Indian Medical Review
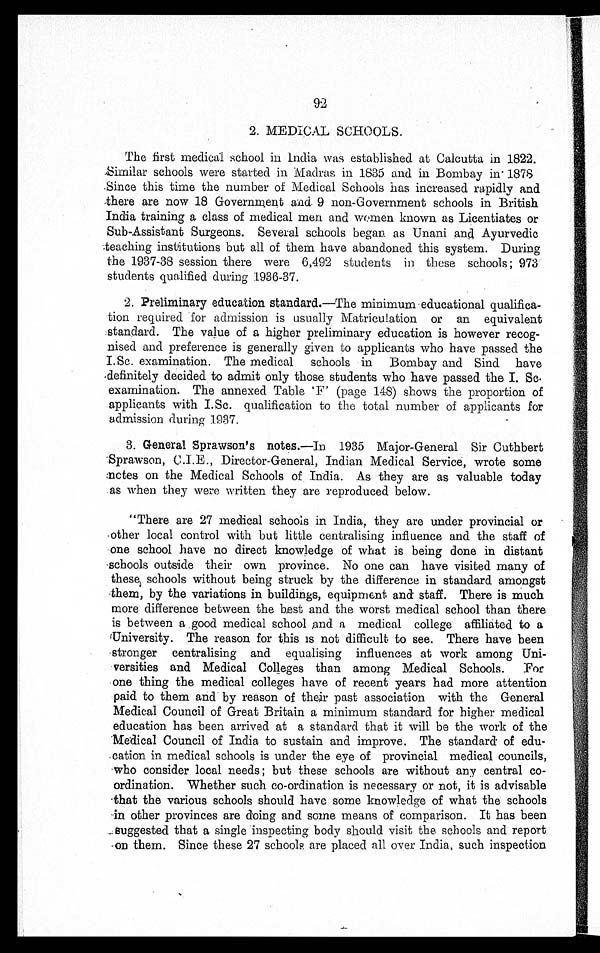
2. MEDICAL SCHOOLS.
The first medical school in India was established at Calcutta in 1822.
Similar schools were started in Madras in 1835 and in Bombay in . 1878
.Since this time the number of Medical Schools has increased rapidly and
there are now 18 Government and 9 non-Government schools in British
India training a class of medical men and women known as Licentiates or
Sub-Assistant Surgeons. Several schools began as Unani and Ayurvedic
teaching institutions but all of them have abandoned this system. During
the 1937-38 session there were 6,492 students in these schools; 973
students qualified during 1936-37.
Pr el i mi nar y educat i on st andar d. —The mi ni mum
educat i onal qual i f i ca-
tion required for admission is usually Matriculation or an equivalent
nised and preference is generally given to applicants who have passed the
I.Sc. examination. The medical schools in Bombay and Sind have
definitely decided to admit only those students who have passed the I. Sc.
examination. The annexed Table 'F' (page 148) shows the proportion of
applicants with I.Sc. qualification to the total number of applicants for
admission during 1937.
1. General Sprawson's notes .—In 1935 Major-General Sir Cuthbert
Sprawson, C.I.E., Director-General, Indian Medical Service, wrote some
notes on the Medical Schools of India. As they are as valuable today
as when they were written they are reproduced below.
"There are 27 medical schools in India, they are under provincial or
other local control with but little centralising influence and the staff of
o n e s c h o o l h a v e n o d i r e c t k n o w l e d g e o f w h a t i s b e i n g d o n e i n d i s t a n t
schools outside their own province. No one can have visited many of
these schools without being struck by the difference in standard amongst
them, by the variations in buildings, equipment and staff. There is much
more difference between the best and the worst medical school than there
is between a good medical school And a medical college affiliated to a
University. The reason for this is not difficult to see. There have been
stronger centralising and equalising influences at work among Uni-
versities and Medical Colleges than among Medical Schools. For
one thing the medical colleges have of recent years had more attention
paid to them and by reason of their past association with the General
Medical Council of Great Britain a minimum standard for higher medical
education has been arrived at a standard that it will be the work of the
Medical Council of India to sustain and improve. The standard of edu-
cation in medical schools is under the eye of provincial medical councils,
who consider local needs; but these schools are without any central co-
ordination. Whether such co-ordination is necessary or not, it is advisable
- t h a t t h e v a r i o u s s c h o o l s s h o u l d h a v e s o m e k n o w l e d g e o f w h a t t h e s c h o o l s
- i n
o t h e r p r o v i n c e s a r e d o i n g a n d s o m e m e a n s o f c o m p a r i s o n . I t h a s b e e n
suggested that a single inspecting body should visit the schools and report
on them. Since these 27 schools are placed all over India, such inspection